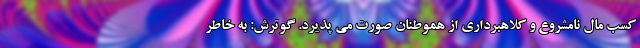
کسب مال نامشروع و کلاهبرداری از هموطنان صورت می پذیرد. گوترش: به خاطر